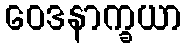
ဝေဒနာက္ခယာ